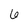
Character: 6